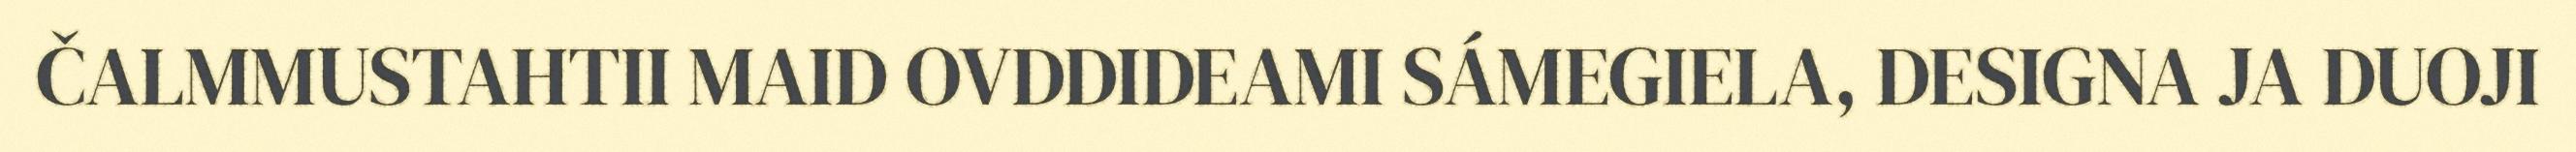
ČALMMUSTAHTII MAID OVDDIDEAMI SÁMEGIELA, DESIGNA JA DUOJI